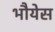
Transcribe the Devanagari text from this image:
भौयेस